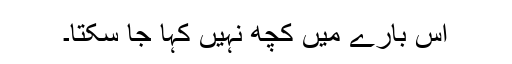
اس بارے میں کچھ نہیں کہا جا سکتا۔